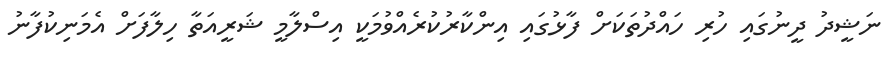
ނަޝީދު ދީނުގައި ހުރި ހައްދުތަކަށް ފާޅުގައި އިންކާރުކުރެއްވުމަކީ އިސްލާމީ ޝަރީއަތާ ހިލާފަށް އެމަނިކުފާނު